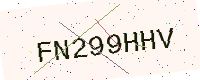
Text: FN299HHV